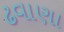
ઢવાણા